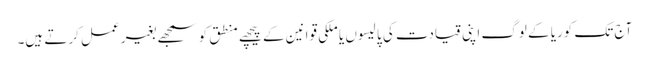
آج تک کوریا کے لوگ اپنی قیادت کی پالیسوں یا ملکی قوانین کے پیچھے منطق کو سمجھے بغیر عمل کرتے ہیں۔